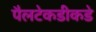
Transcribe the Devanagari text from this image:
पैलटेकडीकडे